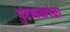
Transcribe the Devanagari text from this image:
गुंडाळ्यापेक्षा